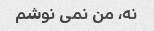
نه، من نمی نوشم